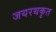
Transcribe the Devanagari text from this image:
जयरथकृत